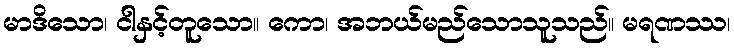
မာဒိသော၊ ငါနှင့်တူသော။ ကော၊ အဘယ်မည်သောသူသည်။ မရဏဿ၊